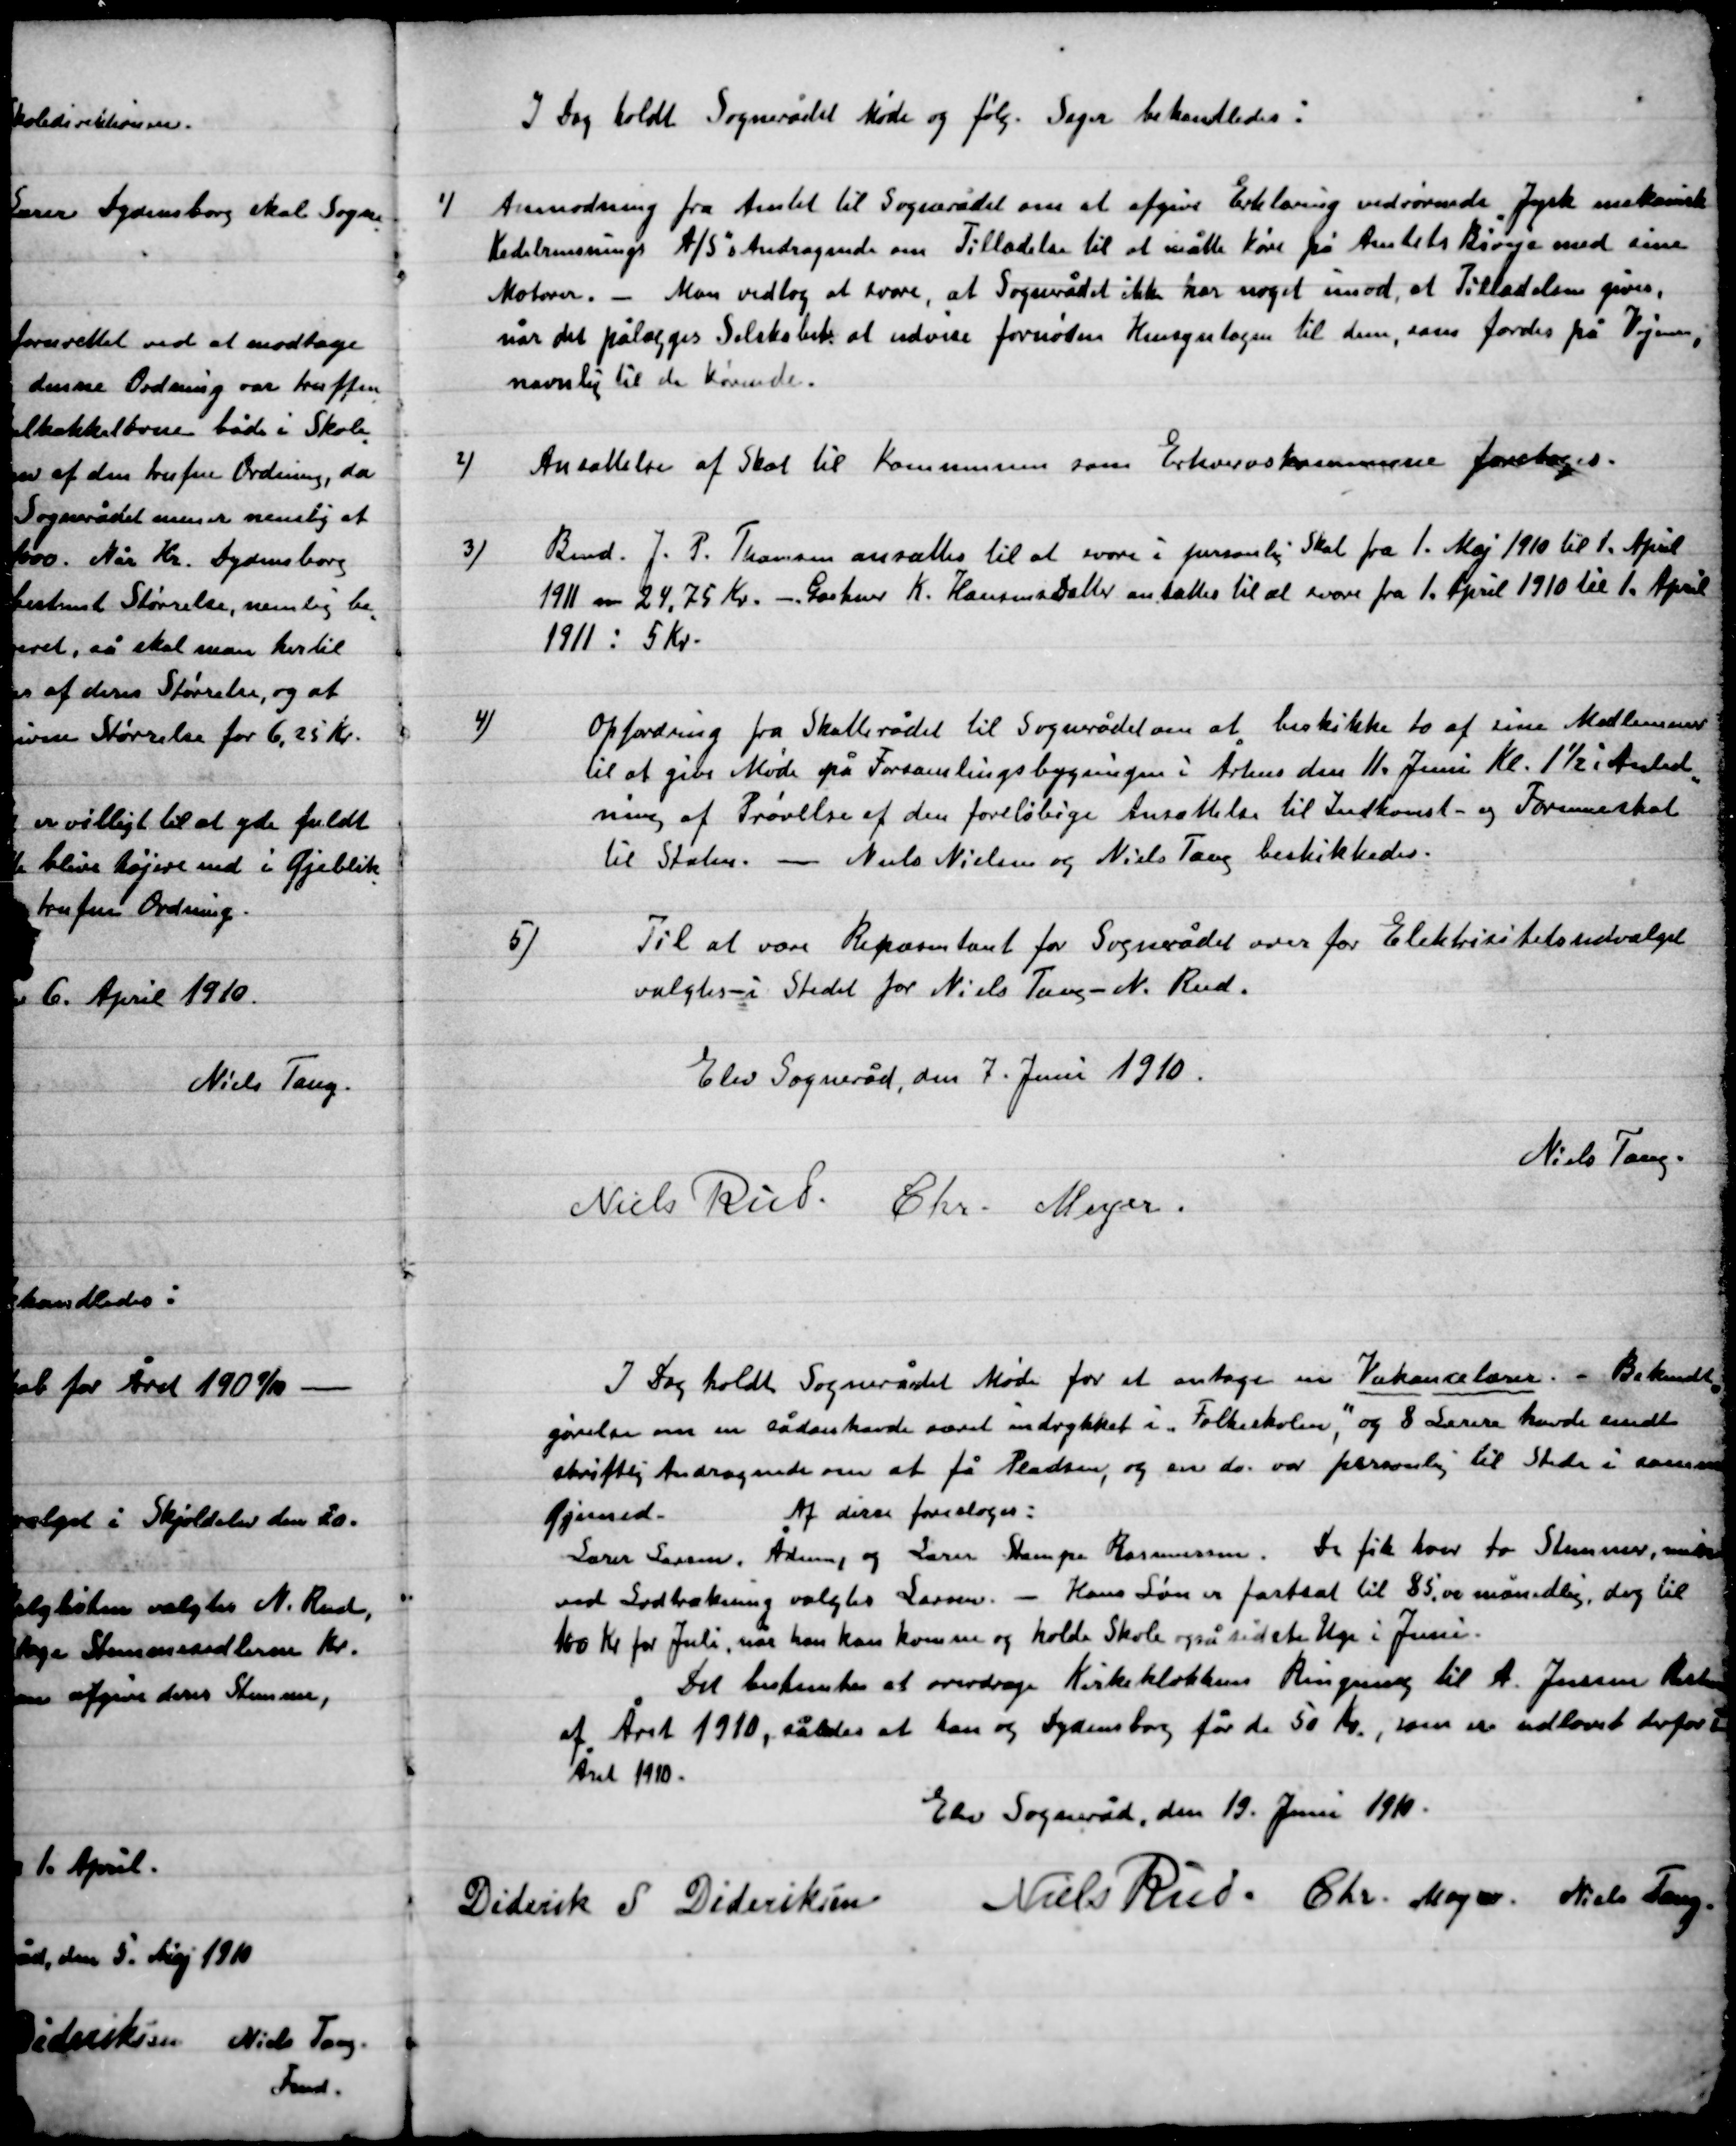
Transskription:
I Dag holdt Sognerådet Møde og følg. Sager behandledes:

1)

Anmodning fra Amtet til Sognerådet om at afgive erklæring vedrørende Jysk Maskin-
Kedelrensning A/S Andragende om a t måtte køre på Amtets biveje med sine
Motorer. – Man vedtog at svare, at Sognerådet ikke har noget imod, at Tilladelsen gives,
når det pålægges Selskabet at udvise fornøden Hensyntagen til dem, som færdes på Vejen,
navnlig til de kørende.

2)

Ansættelse af skat til Kommunen som Erhvervskommune foretoges.

3)

Bmd, J. P. Thomsen ansættes til at svare i personlig Skat fra 1. Maj 1910 til 1. April
1911 som 24,75 Kr. – Gartner K. Hansens Datter ansættes til at svare fra 1. April 1910 til 1. April
 1911: 5 Kr.

4)

Opfordring fra Skatterådet til sognerådet om at beskikke to af sine Medlemmer
til at give Møde på Forsamlingsbygningen i Århus den 11. Juni Kl. 1½ i Anled-
ning af Prøvelse af den foreløbige Ansættelse til Indkomst- og Formueskat
til Staten. – Niels Nielsen og Niels Tang bestikkendes.

5)

Til at være Repræsentant for Sognerådet over for Elektrisitetsudvalget
Valgtes i stedet for Niels Tang - Niels Nielsen – N. Rud.

Elev Sogneråd, den 7. Juni. 1910.

Niels Rud
Chr. Meyer
Niels Tang.

I Dag holdt Sognerådet Møde for at antage en Vakancelærer. ”Bekendt-
gørelse om en sådan havde været indrykket i ”Folkeskolen,” og 8 Lærer havde sendt
skriftlig Ansøgning om at få Pladsen, og en var personlig til Skolen i samme
Øjemed. -
Af disse foresloges:
Lærer Larsen, Ådsum, og Lærer Stampe Rasmussen. De fik hver to Stemmer, mindre
ved Lodtrækning valgtes Larsen. – Hans Løn er fastsat til 85,00 månedlig, dog til
100 Kr. for Juli, når han kan komme og holde Skole også sidste Uge i Juni.
Det bestemtes at overdrage Kirkeklokkens Ringning til A. Jensen Resten
af Året 1910, således at han og Dydensborg får de 50 Kr., som er udlovet derfor til
Året 1910.

Elev Sogneråd, den 19. Juni. 1910.

Diderik S. Dideriksen
Niels Rud
Chr. Meyer
Niels Tang.